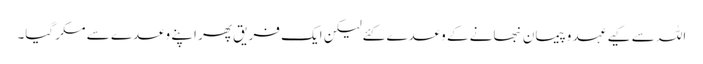
اللہ سے کیے عہد وپیمان نبھانے کے وعدے کئےلیکن ایک فریق پھر اپنے وعدے سے مکر گیا۔